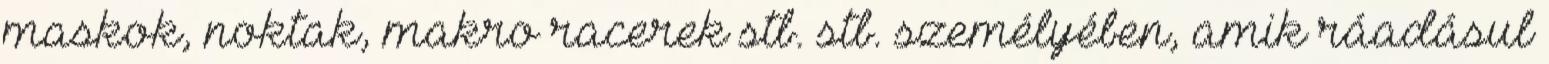
maskok, noktak, makro racerek stb. stb. személyében, amik ráadásul